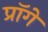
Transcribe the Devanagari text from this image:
प्रॉगे